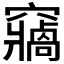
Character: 𥨷